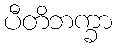
ပီတိဘက္ခာ